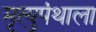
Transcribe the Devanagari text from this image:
मृत्युपंथाला